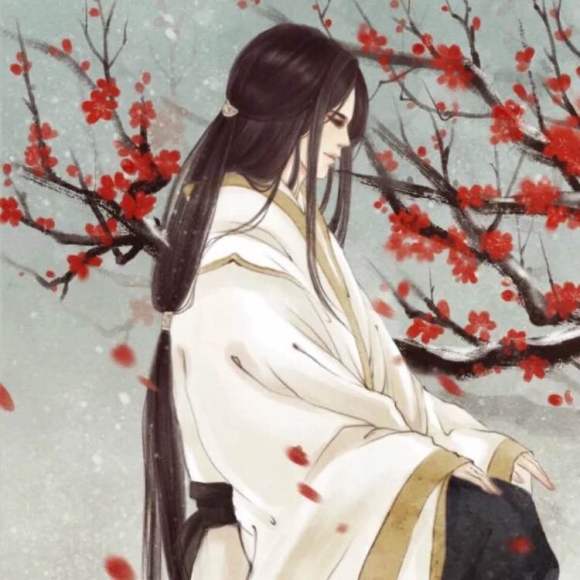
夜寒微透薄罗裳，无限思量。